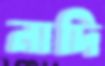
নাদি